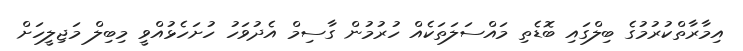
އިމާރާތްކުރުމުގެ ބިލްގައި ބޮޑެތި މައްސަލަތަކެއް ހުރުމުން ގާސިމް އެދުވަހު ހުށަހެޅުއްވީ މިބިލް މަޖިލީހަށް